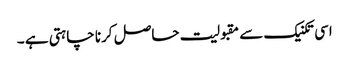
اسی تکنیک سے مقبولیت حاصل کرنا چاہتی ہے ۔